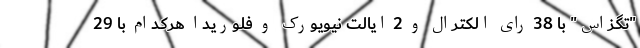
"تگزاس" با 38 رای الکترال و 2 ایالت نیویورک و فلوریدا هرکدام با 29